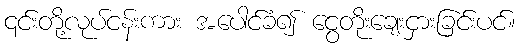
၎င်းတို့လုပ်ငန်းကား အပေါင်ခံ၍ ငွေတိုးချေးငှားခြင်းပင်။